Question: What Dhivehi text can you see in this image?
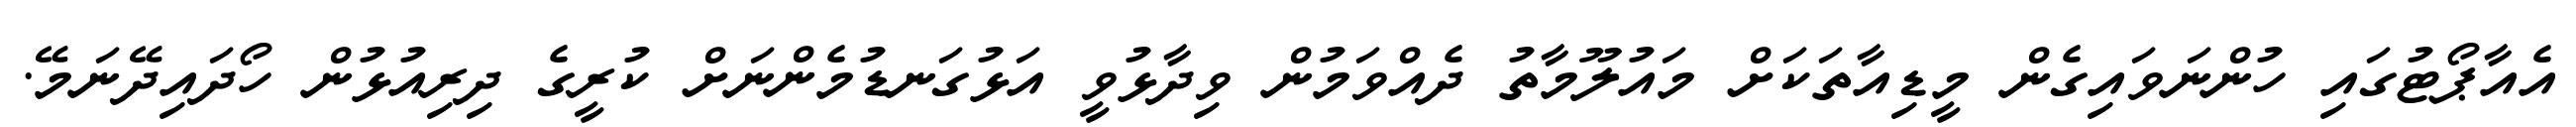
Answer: އެއާޕޯޓުގައި ހުންނަވައިގެން މީޑިއާތަކަށް މައުލޫމާތު ދެއްވަމުން ވިދާޅުވީ އަޅުގަނޑުމެންނަށް ކުރީގެ ދިރިއުޅުން ހޯދައިދޭނަމޭ.